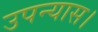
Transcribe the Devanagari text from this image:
उपन्‍यास।